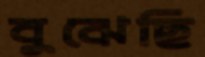
বুঝেছি